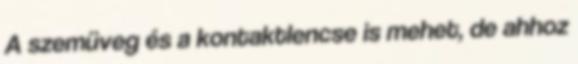
A szemüveg és a kontaktlencse is mehet, de ahhoz